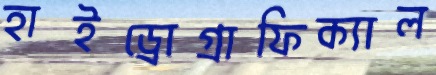
হাইড্রোগ্রাফিক্যাল